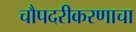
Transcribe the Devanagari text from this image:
चौपदरीकरणाचा